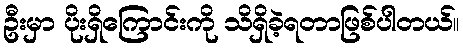
ဦးမှာ ပိုးရှိကြောင်းကို သိရှိခဲ့ရတာဖြစ်ပါတယ်။